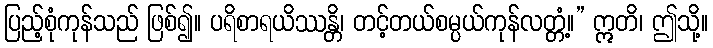
ပြည့်စုံကုန်သည် ဖြစ်၍။ ပရိစာရယိဿန္တိ၊ တင့်တယ်စမ္ပယ်ကုန်လတ္တံ့။” ဣတိ၊ ဤသို့။